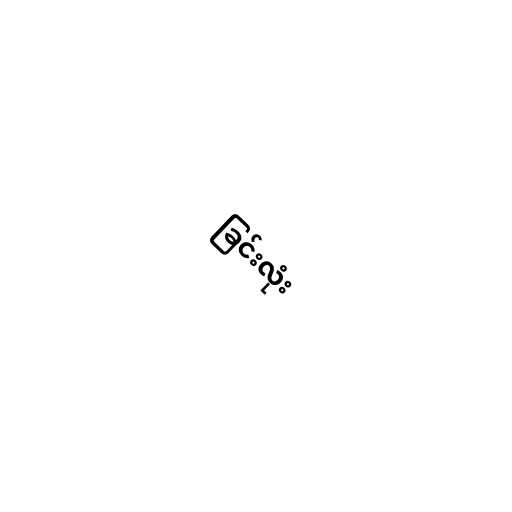
ခြင်းလုံး